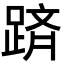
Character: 𨂋